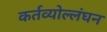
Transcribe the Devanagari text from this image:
कर्तव्योल्लंघन